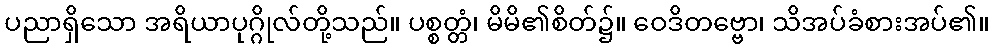
ပညာရှိသော အရိယာပုဂ္ဂိုလ်တို့သည်။ ပစ္စတ္တံ၊ မိမိ၏စိတ်၌။ ဝေဒိတဗ္ဗော၊ သိအပ်ခံစားအပ်၏။